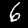
Digit: 6